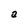
Character: a